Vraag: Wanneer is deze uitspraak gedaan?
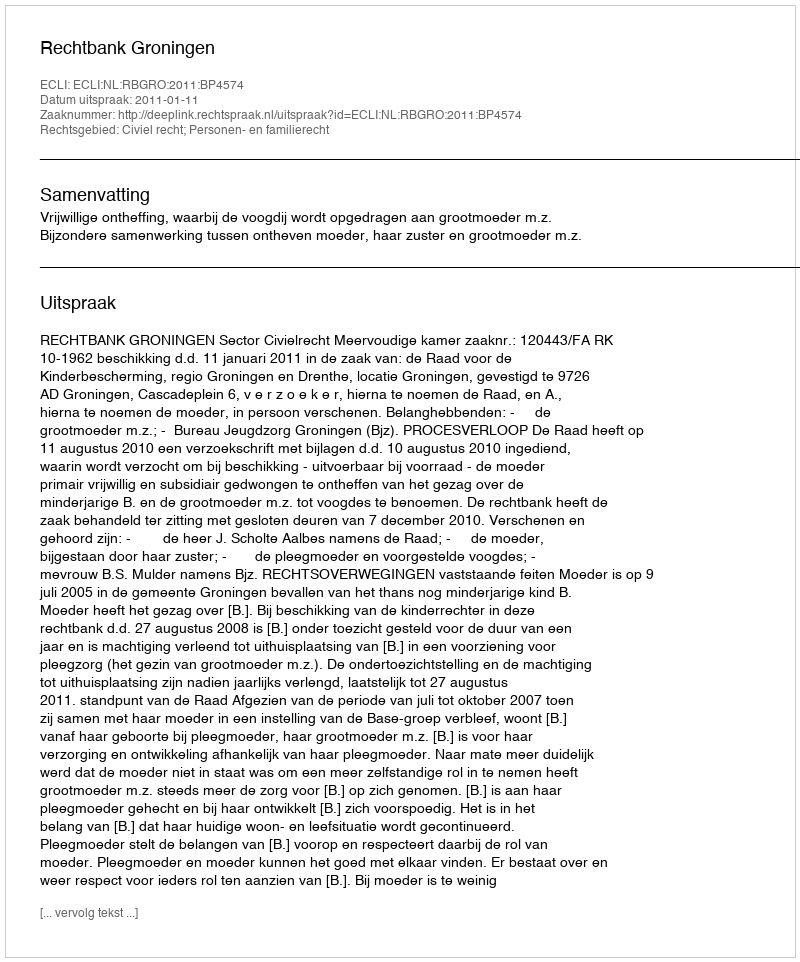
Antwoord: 2011-01-11